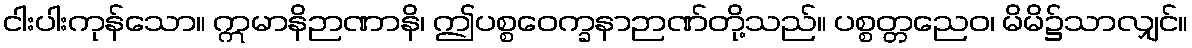
ငါးပါးကုန်သော။ ဣမာနိဉာဏာနိ၊ ဤပစ္စဝေက္ခနာဉာဏ်တို့သည်။ ပစ္စတ္တညေဝ၊ မိမိ၌သာလျှင်။